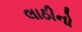
લાઠીનો